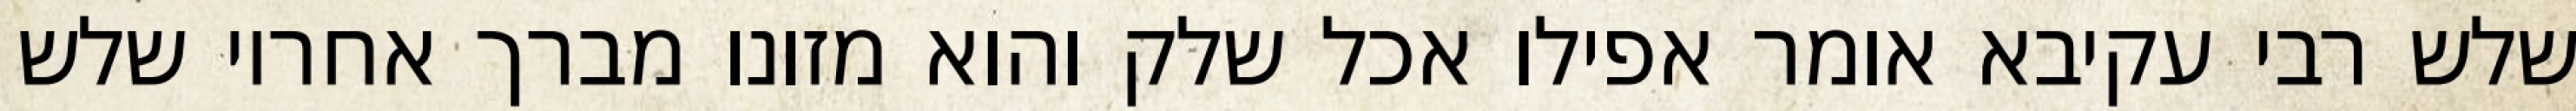
שלש רבי עקיבא אומר אפילו אכל שלק והוא מזונו מברך אחריו שלש